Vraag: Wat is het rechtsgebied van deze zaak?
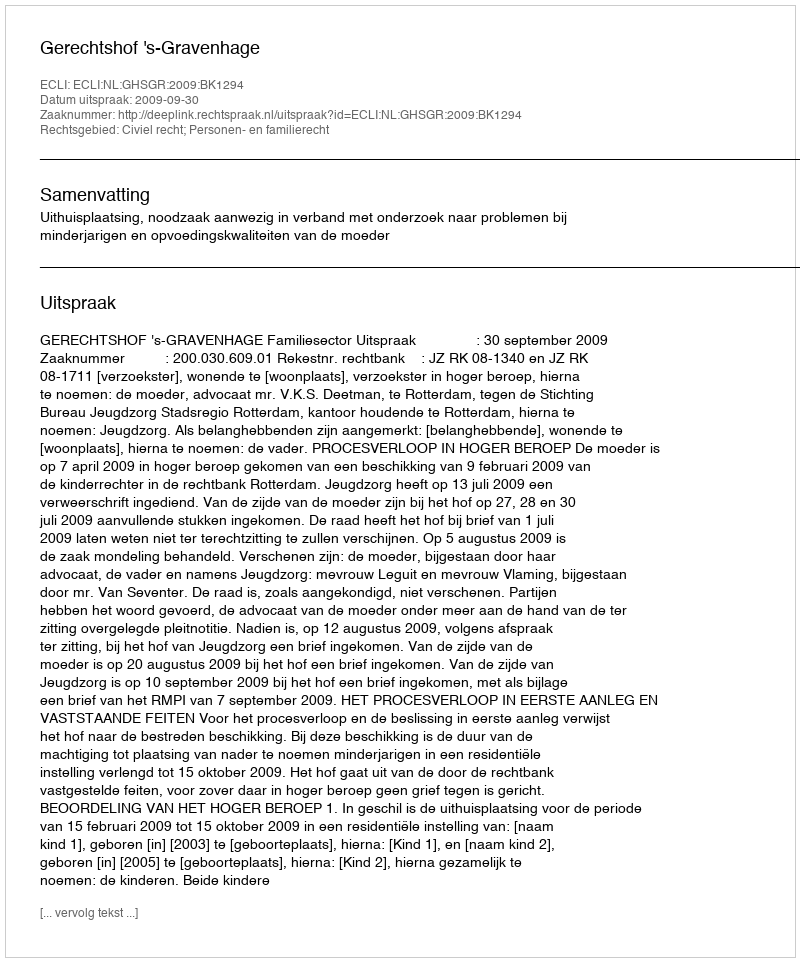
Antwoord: Civiel recht; Personen- en familierecht